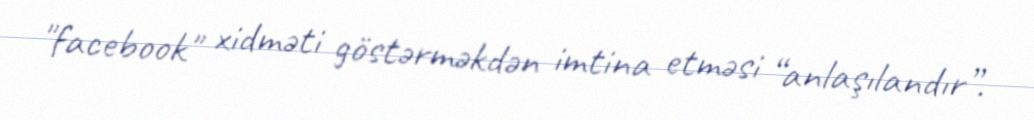
"facebook" xidməti göstərməkdən imtina etməsi “anlaşılandır”.